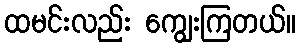
ထမင်းလည်း ကျွေးကြတယ်။